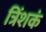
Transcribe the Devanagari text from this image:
त्रिंशकं